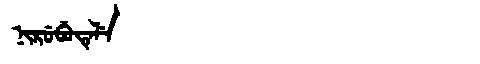
Manchu: ᠨᡳᡵᡠᠪᡠᡨᡝᠯᡝ
Romanization: NIRUBUTELE